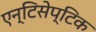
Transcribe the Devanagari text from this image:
एन्टिसेप्टिक